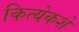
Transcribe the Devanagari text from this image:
कित्येकशे